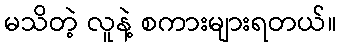
မသိတဲ့ လူနဲ့ စကားများရတယ်။